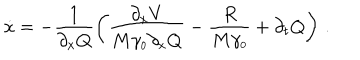
\dot { x } = - \frac { 1 } { \partial _ { x } Q } \left( \frac { \partial _ { x } V } { M \gamma _ { \scriptscriptstyle 0 } \partial _ { x } Q } - \frac { R } { M \gamma _ { \scriptscriptstyle 0 } } + \partial _ { t } Q \right) \, .